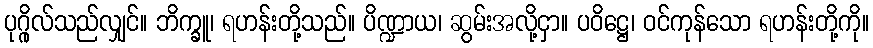
ပုဂ္ဂိုလ်သည်လျှင်။ ဘိက္ခူ၊ ရဟန်းတို့သည်။ ပိဏ္ဍာယ၊ ဆွမ်းအလို့ငှာ။ ပဝိဋ္ဌေ၊ ဝင်ကုန်သော ရဟန်းတို့ကို။